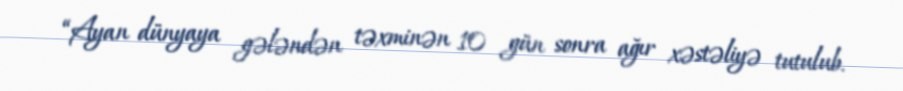
“Ayan dünyaya gələndən təxminən 10 gün sonra ağır xəstəliyə tutulub.